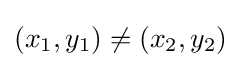
(x_{1},y_{1})\neq (x_{2},y_{2})